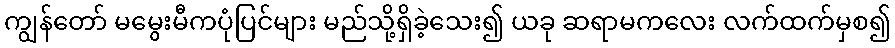
ကျွန်တော် မမွေးမီကပုံပြင်များ မည်သို့ရှိခဲ့သေး၍ ယခု ဆရာမကလေး လက်ထက်မှစ၍